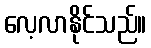
လေ့လာနိုင်သည်။